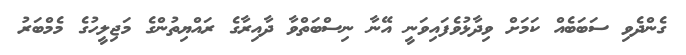
ގެންދެވި ސަބަބެއް ކަމަށް ވިދާޅުވެފައިވަނީ އޭނާ ނިސްބަތްވާ ދާއިރާގެ ރައްޔިތުންގެ މަޖިލީހުގެ މެމްބަރު